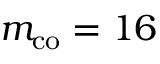
m _ { \mathrm { c o } } = 1 6